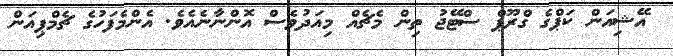
އޭޝިއަން ކަޕްގެ ގްރޫޕް ސްޓޭޖު ތިން މެޗެއް މިއަދުވެސް އޮންނާނެއެވެ. އެންމެފަހުގެ ޗެމްޕިއަން